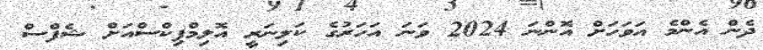
ދެން އެންމެ އަވަހަށް އޮންނަ 2024 ވަނަ އަހަރުގެ ކަލިނަރީ އޮލިމްޕިކްސްއަށް ޝެފްސް